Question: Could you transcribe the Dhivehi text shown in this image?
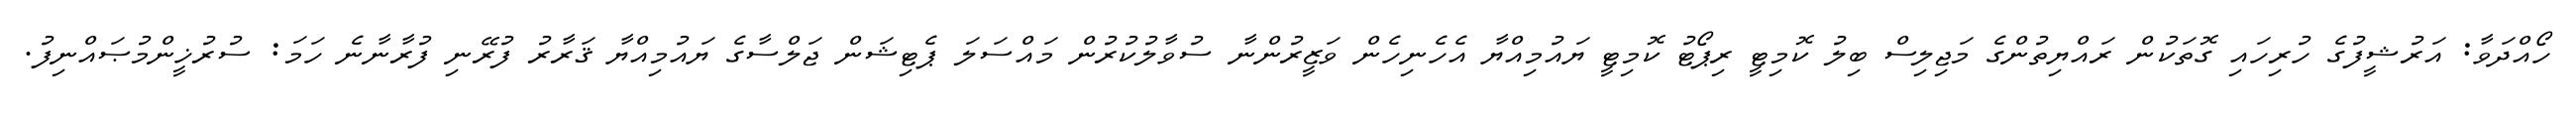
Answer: ހޯއްދަވާ: އަރުޝީފުގެ ހުރިހައި ގޮތަކުން ރައްޔިތުންގެ މަޖިލިސް ބިލު ކޮމިޓީ ރިޕޯޓު ކޮމިޓީ ޔައުމިއްޔާ އެހެނިހެން ވަޒީރުންނާ ސުވާލުކުރުން މައްސަލަ ޕެޓިޝަން ޖަލްސާގެ ޔައުމިއްޔާ ޤަރާރު ފުރޭނި ފުރާނާނެ ހަމަ: ސުރުޚީންމުޞައްނިފު.